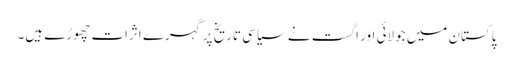
پاکستان میں جولائی اور اگست نے سیاسی تاریخ پر گہرے اثرات چھوڑے ہیں۔